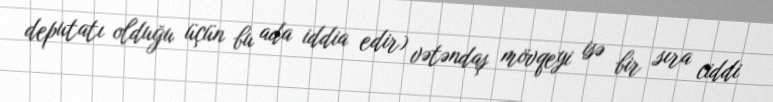
deputatı olduğu üçün bu ada iddia edir) vətəndaş mövqeyi isə bir sıra ciddi